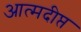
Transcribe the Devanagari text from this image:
आत्मदीप्त